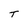
Character: T